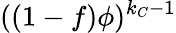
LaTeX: ((1-f)\phi)^{k_{C}-1}